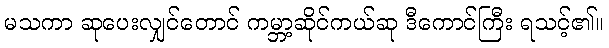
မသကာ ဆုပေးလျှင်တောင် ကမ္ဘာ့ဆိုင်ကယ်ဆု ဒီကောင်ကြီး ရသင့်၏။